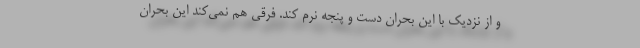
و از نزدیک با این بحران دست و پنجه نرم کند. فرقی هم نمی‌کند این بحران